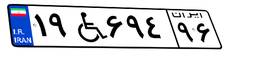
۱۹W۶۹۴۹۶